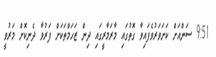
9:51 ސަންއަށް ކަށަވަރުވެފައިވާ ގޮތުގައި މާރަމާރީގައި ދިން ޒަހަމްތަކަށް ފަރުވާ ދެނިކޮށް މަރުވީ